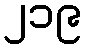
၂၁၉